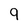
Character: 9